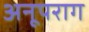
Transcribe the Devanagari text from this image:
अनूपराग